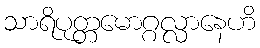
သာရိပုတ္တမောဂ္ဂလ္လာနေဟိ